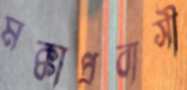
মক্কাপ্রবাসী